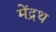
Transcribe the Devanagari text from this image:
मेंद्रथ